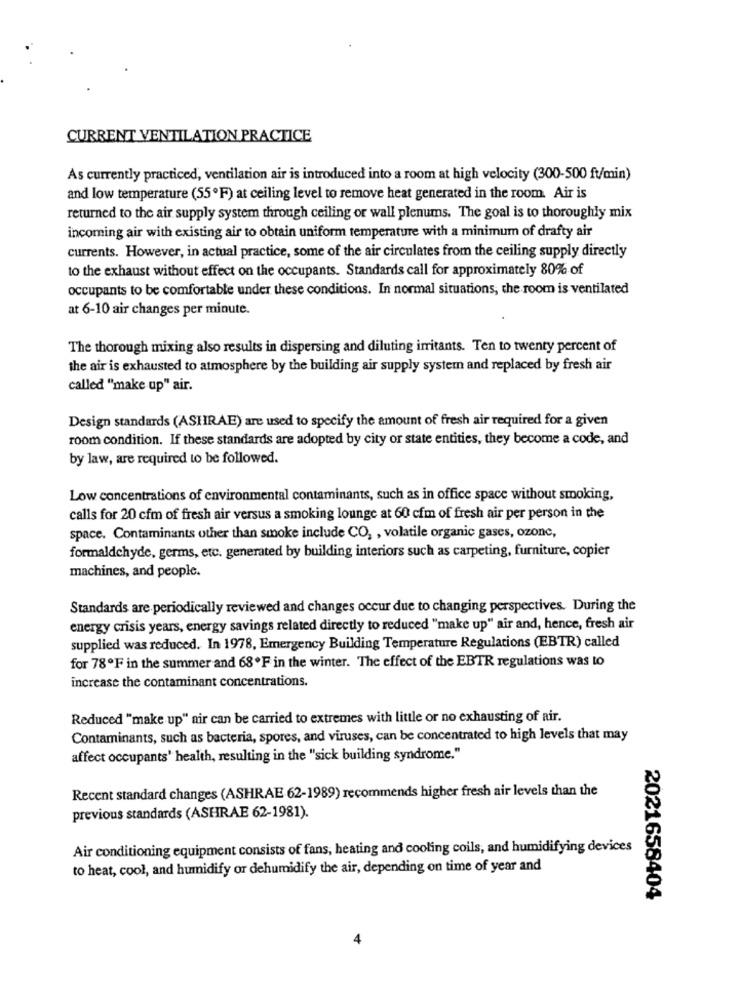
CURRENT VENTILATION PRACTICE
As currently practiced, ventilation air is introduced into a room at high velocity (300-500 ft/min)
and low temperature (55ºF) at ceiling level to remove heat generated in the room. Air is
returned to the air supply system through ceiling or wall plenums. The goal is to thoroughly mix
incoming air with existing air to obtain uniform temperature with a minimum of drafty air
currents. However, in actual practice, some of the air circulates from the ceiling supply directly
to the exhaust without effect on the occupants. Standards call for approximately 80% of
occupants to be comfortable under these conditions. In normal situations, the room is ventilated
at 6-10 air changes per minute.
The thorough mixing also results in dispersing and diluting irritants. Ten to twenty percent of
the air is exhausted to atmosphere by the building air supply system and replaced by fresh air
called "make up" air.
Design standards (ASHRAE) are used to specify the amount of fresh air required for a given
room condition. If these standards are adopted by city or state entities, they become a code, and
by law, are required to be followed.
Low concentrations of environmental contaminants, such as in office space without smoking,
calls for 20 cfm of fresh air versus a smoking lounge at 60 cfm of fresh air per person in the
space. Contaminants other than smoke include CO, , volatile organic gases, ozone,
formaldehyde, germs, etc. generated by building interiors such as carpeting, furniture, copier
machines, and people.
Standards are periodically reviewed and changes occur due to changing perspectives. During the
energy crisis years, energy savings related directly to reduced "make up" air and, hence, fresh air
supplied was reduced. In 1978, Emergency Building Temperature Regulations (EBTR) called
for 78ºF in the summer and 68OF in the winter. The effect of the EBTR regulations was to
increase the contaminant concentrations.
Reduced "make up" air can be carried to extremes with little or no exhausting of air.
Contaminants, such as bacteria, spores, and viruses, can be concentrated to high levels that may
affect occupants' health, resulting in the "sick building syndrome."
Recent standard changes (ASHRAE 62-1989) recommends higher fresh air levels than the
previous standards (ASHRAE 62-1981).
Air conditioning equipment consists of fans, heating and cooling coils, and humidifying devices
to heat, cool, and humidify or dehumidify the air, depending on time of year and
2021658404